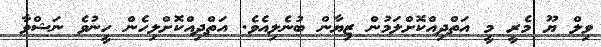
ވިލް ޔޫ މެރީ މީ އަތްދިއްކޮށްލަމުން ޒިޔާން ބުނެލިއެވެ. އަތްދިއްކޮށްލިހެން ހީނުވެ ނަޝްވާ